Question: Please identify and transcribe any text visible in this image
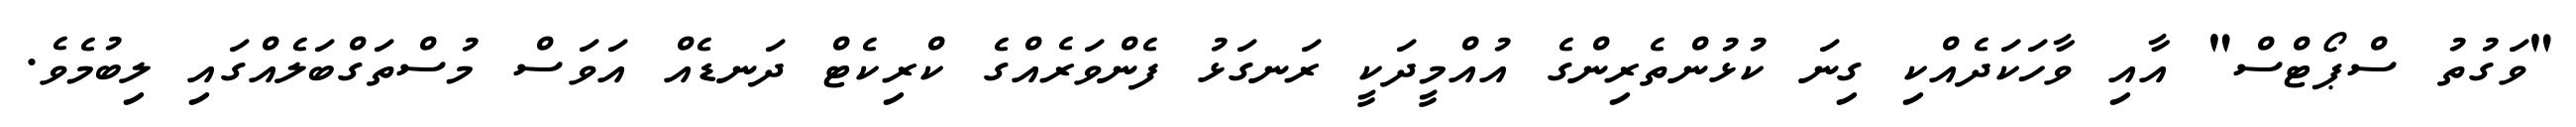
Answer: "ވަގުތު ސްޕޯޓްސް" އާއި ވާހަކަދެއްކި ގިނަ ކުޅުންތެރިންގެ އުއްމީދަކީ ރަނގަޅު ފެންވަރެއްގެ ކްރިކެޓް ދަނޑެއް އަވަސް މުސްތަގްބަލެއްގައި ލިބުމެވެ.